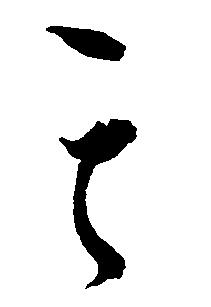
其